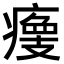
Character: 𤹹